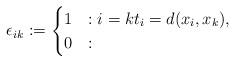
LaTeX: \begin{align*}\epsilon_{ik} := \begin{cases} 1 &: i=k t_i = d(x_i, x_k), \\ 0 &: \end{cases}\end{align*}